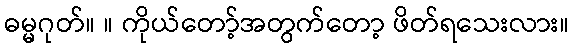
ဓမ္မဂုတ်။ ။ ကိုယ်တော့်အတွက်တော့ ဖိတ်ရသေးလား။